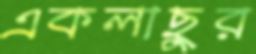
একলাছুর